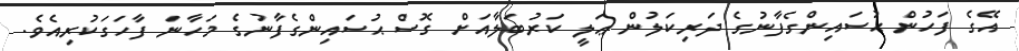
އޭގެ ފަހުން ޙުސައިންގެފާނުގެ ދަރިކަލުން ޢަލީ ކަރުބަލާއަށް ގޮސް ޙުސައިންގެފާނުގެ މަހާނަ ފާހަގަކުރިއެވެ.